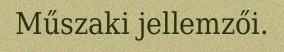
Műszaki jellemzői.